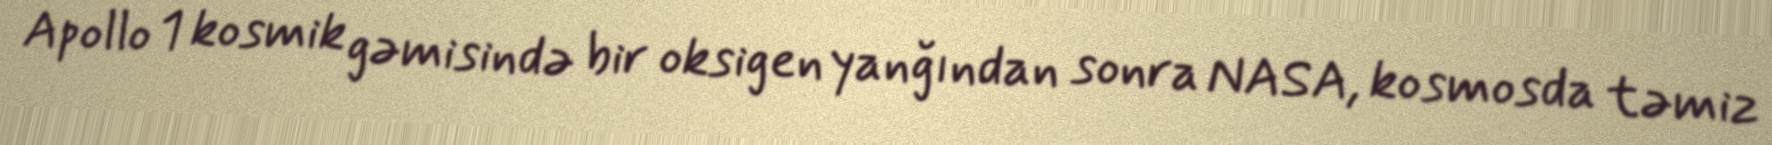
Apollo 1 kosmik gəmisində bir oksigen yanğından sonra NASA, kosmosda təmiz